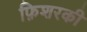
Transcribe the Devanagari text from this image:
फ़िशरकी